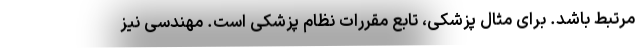
مرتبط باشد. برای مثال پزشکی، تابع مقررات نظام پزشکی است. مهندسی نیز